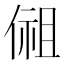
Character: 𰂩